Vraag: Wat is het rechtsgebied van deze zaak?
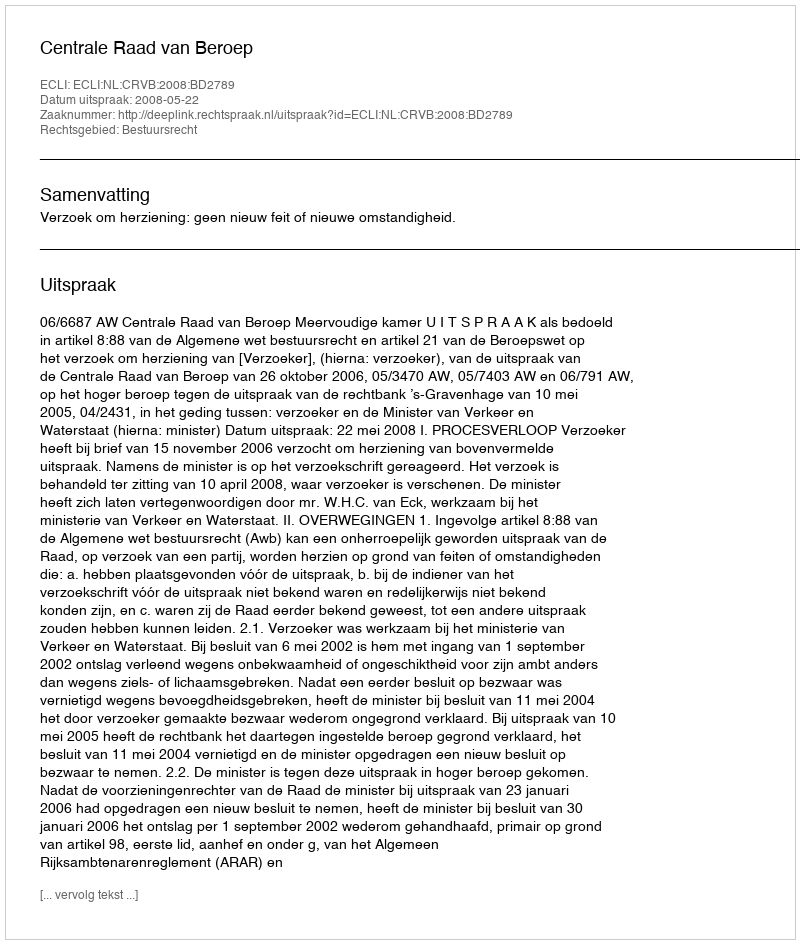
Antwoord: Bestuursrecht